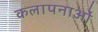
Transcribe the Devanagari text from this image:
कलापनाओं